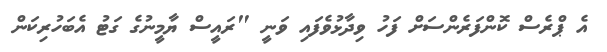
އެ ޕްރެސް ކޮންފަރެންސަށް ފަހު ވިދާޅުވެފައި ވަނީ "ރައީސް ޔާމީނުގެ ގަޓު އެބަހުރިކަން